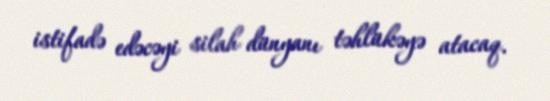
istifadə edəcəyi silah dünyanı təhlükəyə atacaq.